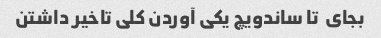
بجای  تا ساندویچ یکی آوردن کلی تاخیر داشتن